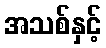
အသစ်နှင့်